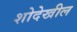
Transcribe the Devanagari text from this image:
शोदेखील